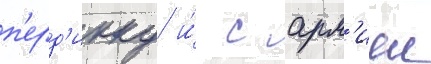
п'ерд'икку и́ с арм'иеи